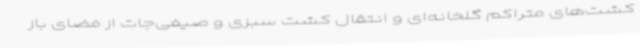
کشت‌های متراکم گلخانه‌ای و انتقال کشت سبزی و صیفی‌جات از فضای باز